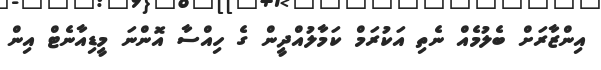
އިންޒާރަށް ބެލުމެއް ނެތި އަކުރަމް ކަމާލުއްދީން ގެ ހިއްސާ އޮންނަ މީޑިއާނެޓް އިން